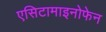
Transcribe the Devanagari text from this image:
एसिटामाइनोफेन